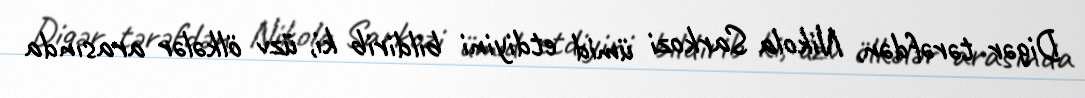
Digər tərəfdən, Nikola Sarkozi ümid etdiyini bildirib ki, üzv ölkələr arasında